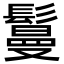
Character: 鬘